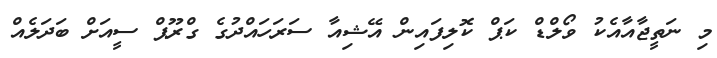
މި ނަތީޖާއާއެކު ވޯލްޑް ކަޕް ކޮލިފައިން އޭޝިއާ ސަރަހައްދުގެ ގްރޫޕް ސީއަށް ބަދަލެއް